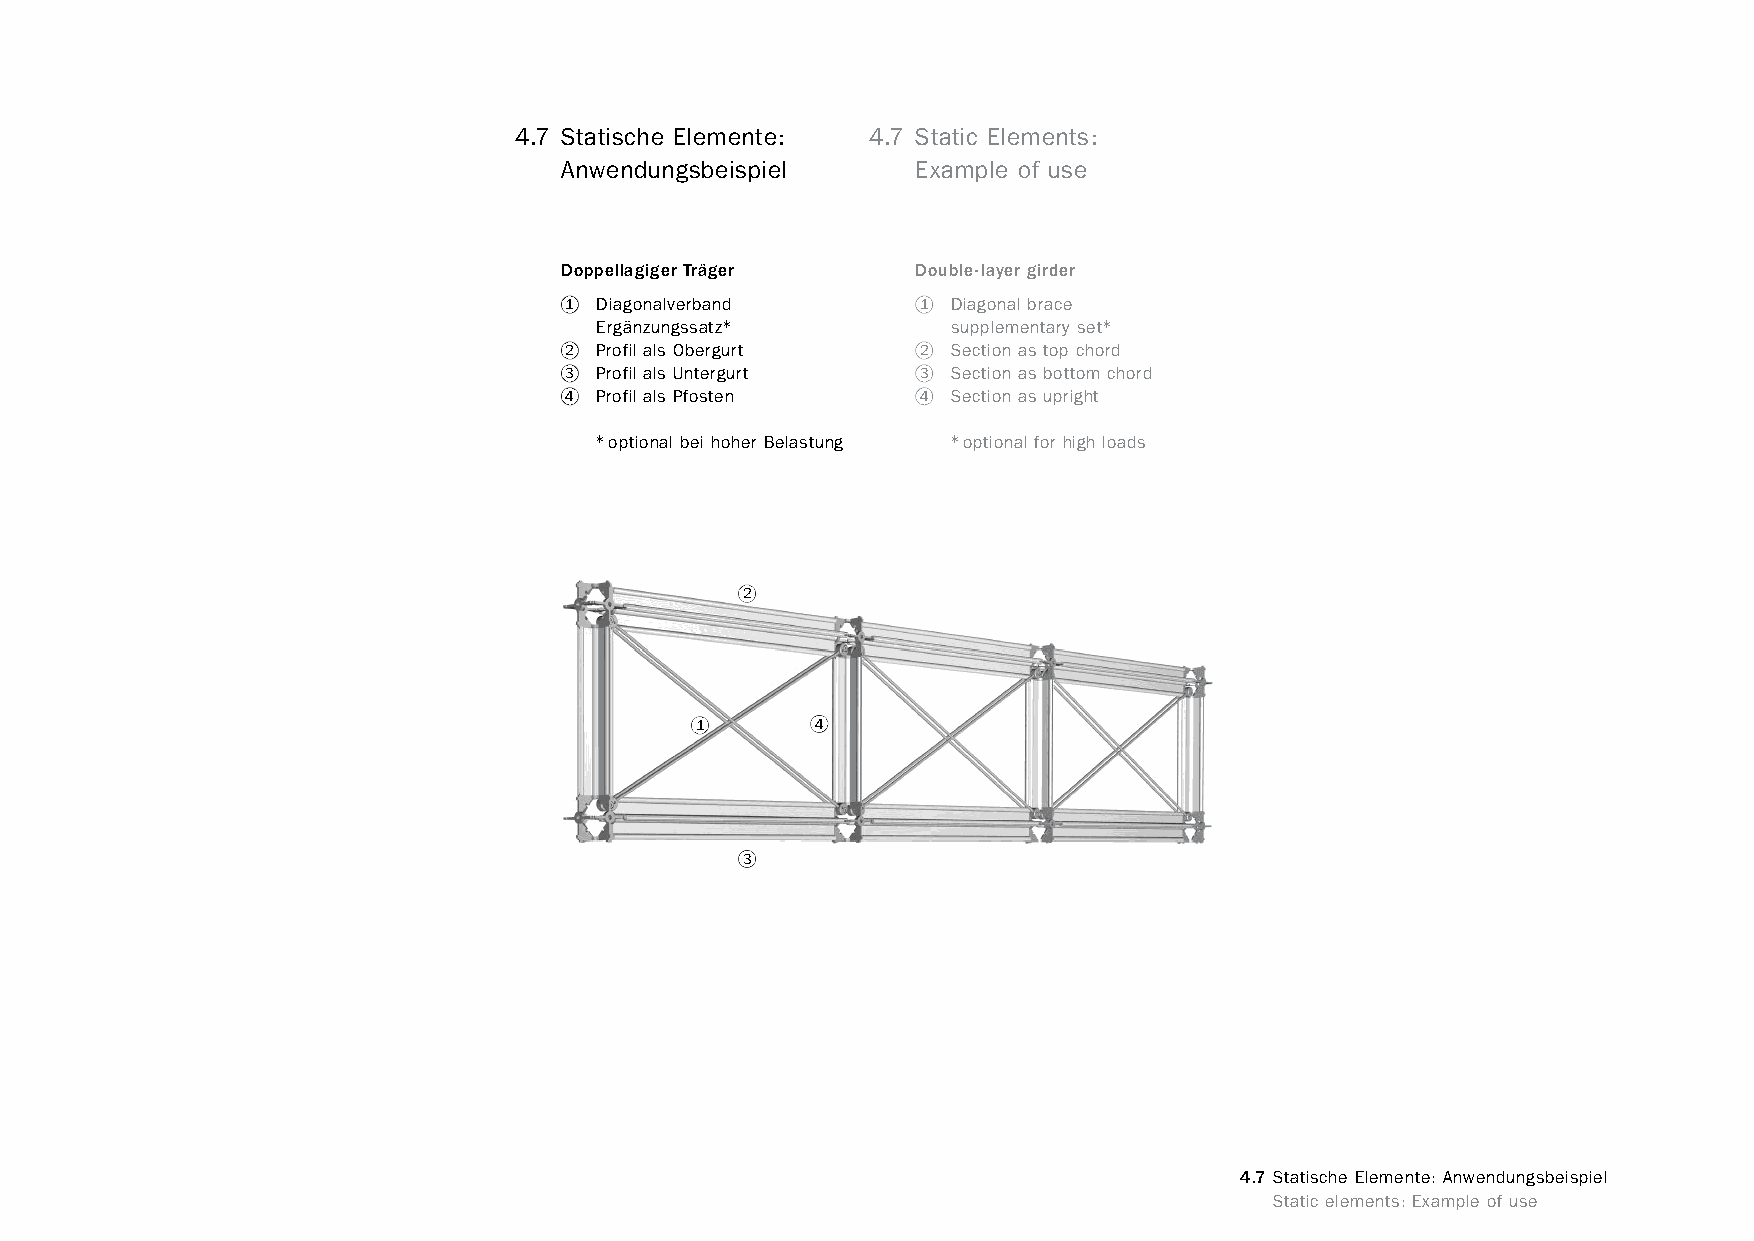
constructivpila petite        4.7 Statische Elemente: 4.7 Static Elements:
 Anwendungsbeispiel      Example of use
 Doppellagiger Träger    Double-layer girder
 1 Diagonalverband       1 Diagonal brace
 Ergänzungssatz*         supplementary set*
 2 Profil als Obergurt   2 Section as top chord
 3 Profil als Untergurt  3 Section as bottom chord
 4 Profil als Pfosten    4 Section as upright
 *optional bei hoher Belastung *optional for high loads
 2
 1       4
 3
 4.7 Statische Elemente: Anwendungsbeispiel
 www.burkhardtleitner.de                                                         Static elements: Example of use